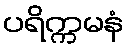
ပရိက္ကမနံ